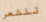
للشعر